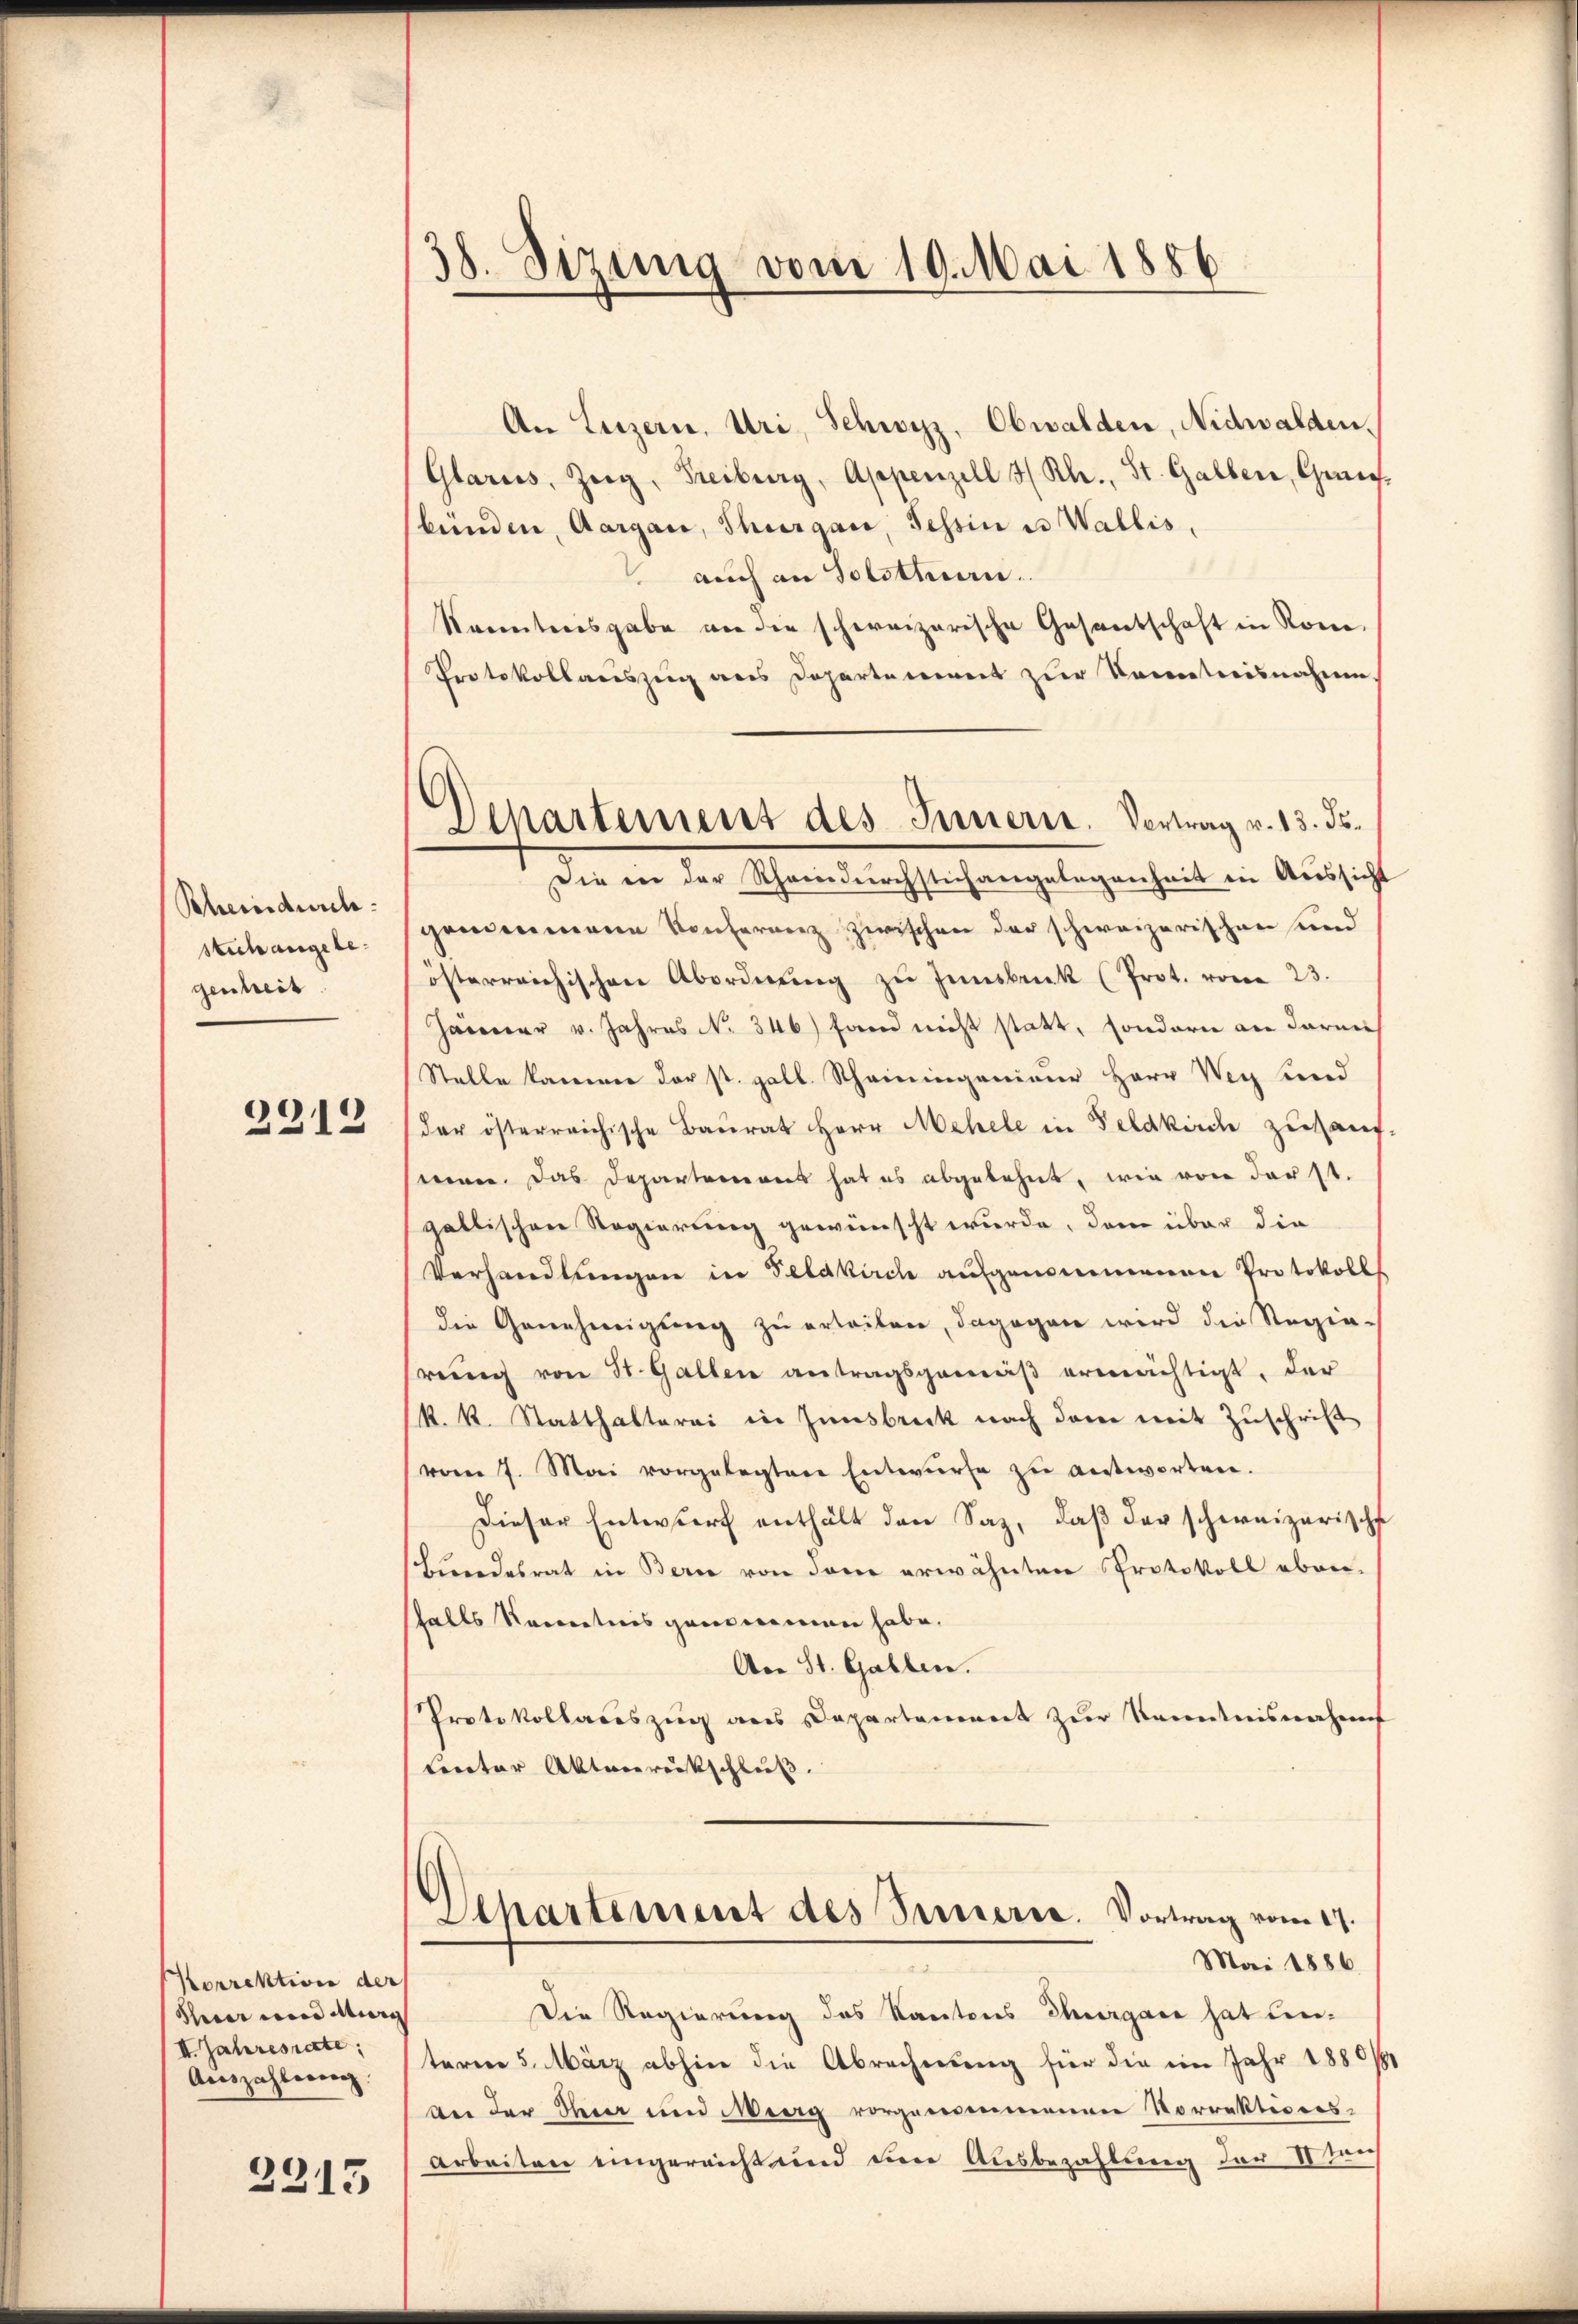
Scheindurch
stich angelegenheit

2212

Korrektion der
uir ein Mein
II. Jahresrate,
Auszahlung.

2313

38. Sizung vom 19. Mai 1886

An Luzern, Uri, Schwyz, Obwalden, Nidwalden.
Glarus, Zeig, Freiburg, Appenzell 3 Rh., St. Galber, Gene
bünden, Aargau, Thurgau, Tessin es Wallis,
1511
auch an Solotten.
Rereiteresgabe an die schweizerische Gesandschaft in Rom.
Protokollauszug aus Departement zur Kenntnisnahme.
gronenmann Konferenz zwischen der schweizerischen und
österreichischen Abordnŭng zŭ Innsbruck (Prot. vom 23.
Jänner v. Jahres No. 346) Fand nicht statt, sondern an darauf
Stelle kamen der st. gall. Scheiningenieur Herr Weg find
der österreichische Baurat Herr Mehele in Feldkirch zukauf.
men. Das Departemonis hat es abgelehnt, wie von darst.
gallischen Regierung gewünscht wurde, dem über die
Verhandlungen in Feldkirch aufgenommenen Protokolls
die Genehmigung zu erteilen, dagegen wird die Regie-
rung von St. Gallen antragsgemäß ermächtigt, der
(k. k. Statthalterai in Innsbruck nach dem mit Zŭschrift
vom 7. Mai vorgelegten Entwurfe zu antworten.
Dieser Entwurf enthält den Saz, daβ der schweizerisch
shundesrat in Berne von der erwähnten Protokoll eben-
falls kenntnis genommen habe.
An St. Gallen.
Protokollariszug aus Departement zur Kenntnisnahme
Cereter Aktenrückschluß.
Apartement des Servierte. Vortrag vom 27.
Mai 1886
Die Regierung des Kantons Thurgane hat unteren 5. März abhin die Abrechnung für die im Jahr 1880/1
An der Meer und Meerg vorgenommenen Vorrektes ersarbeiten eingereicht und ein Ausbezahlung der 8ten

Departement des Innern. Vertrag v. 13. ds.
Die in der Rheindurchstichangelegenheit ein Aussicht